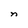
Character: n